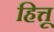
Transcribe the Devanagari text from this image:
हित्तू